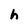
Character: h